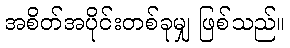
အစိတ်အပိုင်းတစ်ခုမျှ ဖြစ်သည်။